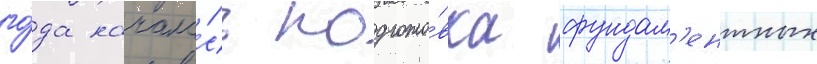
го́да начала́сь подгото́вка фундам'ентных